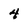
Character: 4